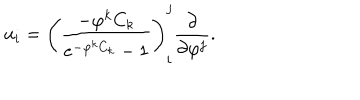
u _ { i } = \left( \frac { - \varphi ^ { k } C _ { k } } { e ^ { - \varphi ^ { k } C _ { k } } - 1 } \right) _ { i } ^ { j } \frac { \partial } { \partial \varphi ^ { j } } .